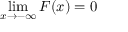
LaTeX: \operatorname* { l i m } _ { x \rightarrow - \infty } F ( x ) = 0